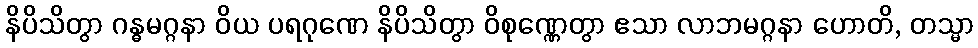
နိပိသိတွာ ဂန္ဓမဂ္ဂနာ ဝိယ ပရဂုဏေ နိပိသိတွာ ဝိစုဏ္ဏေတွာ ဧသာ လာဘမဂ္ဂနာ ဟောတိ, တသ္မာ